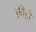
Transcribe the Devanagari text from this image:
फ्रीही